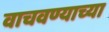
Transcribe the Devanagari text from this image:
वाचवण्याच्या